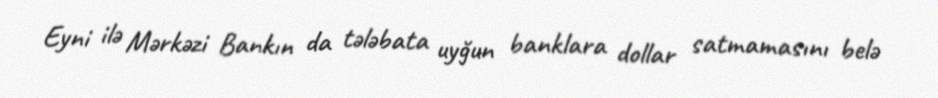
Eyni ilə Mərkəzi Bankın da tələbata uyğun banklara dollar satmamasını belə